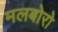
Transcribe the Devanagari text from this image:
मलबोरो